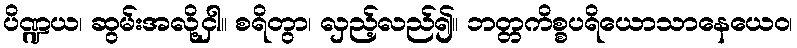
ပိဏ္ဍယ၊ ဆွမ်းအလို့ငှါ။ စရိတွာ၊ လှည့်လည်၍။ ဘတ္တကိစ္စပရိယောသာနေယေဝ၊